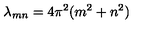
\lambda _ { m n } = 4 \pi ^ { 2 } ( m ^ { 2 } + n ^ { 2 } )